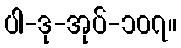
ပါ-ဒု-အုပ်-၁၀၇။